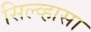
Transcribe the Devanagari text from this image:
सिल्व्हासा